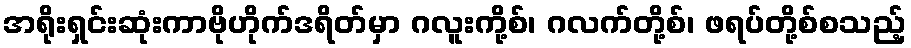
အရိုးရှင်းဆုံးကာဗိုဟိုက်ဒရိတ်မှာ ဂလူးကို့စ်၊ ဂလက်တို့စ်၊ ဖရပ်တို့စ်စသည့်